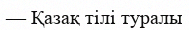
— Қазақ тілі туралы